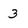
Character: 3